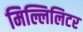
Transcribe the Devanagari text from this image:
मिल्लिलिटर